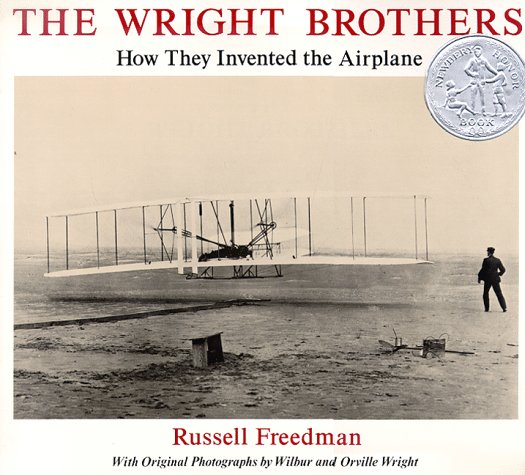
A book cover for The Wright Brothers: How They Invented the Airplane; Russell Freedman; Children's Books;